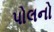
પોલનો